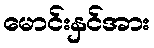
မောင်းနှင်အား